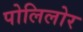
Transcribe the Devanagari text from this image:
पोलिलोर